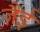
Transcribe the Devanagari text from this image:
ज़ैई